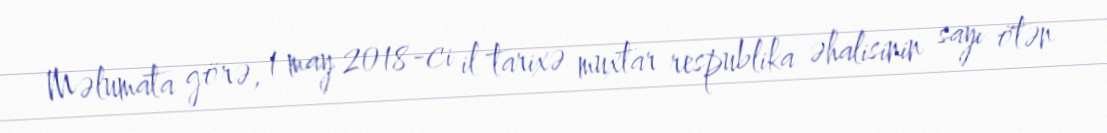
Məlumata görə, 1 may 2018-ci il tarixə muxtar respublika əhalisinin sayı ötən